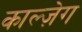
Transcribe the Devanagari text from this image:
काल्ज़ेग